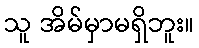
သူ အိမ်မှာမရှိဘူး။